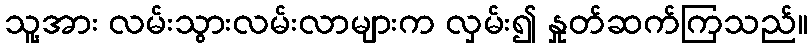
သူ့အား လမ်းသွားလမ်းလာများက လှမ်း၍ နှုတ်ဆက်ကြသည်။